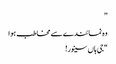
”
وہ نمائندے سے مخاطب ہوا
“جی ہاں سینور!